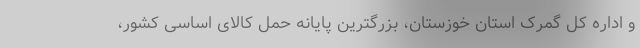
و اداره کل گمرک استان خوزستان، بزرگترین پایانه حمل کالای اساسی کشور،